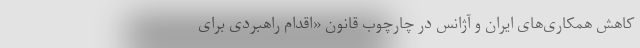
کاهش همکاری‌های ایران و آژانس در چارچوب قانون «اقدام راهبردی برای